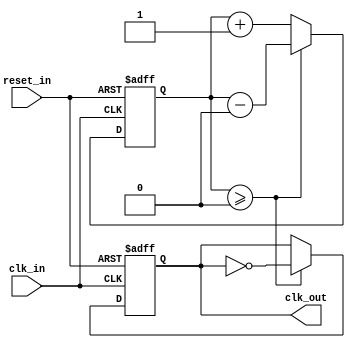
module pll #(
  parameter CLK_FREQ_IN = 100_000_000,
  parameter CLK_FREQ_OUT = 200_000_000,
  parameter MULTIPLIER = 2,
  parameter DIVIDER = 1
) (
  input clk_in,
  input reset_in,
  output reg clk_out
);

  reg [31:0] phase_accumulator;
//  wire [31:0] phase_increment = ((CLK_FREQ_IN * MULTIPLIER) << 32) / (CLK_FREQ_OUT * DIVIDER);
//  localparam phase_increment = ((CLK_FREQ_IN * MULTIPLIER) << 32) / (CLK_FREQ_OUT * DIVIDER);
  localparam phase_increment = 1;

  always @(posedge clk_in or posedge reset_in) begin
    if (reset_in) begin
      phase_accumulator <= 0;
      clk_out <= 0;
    end else begin
      phase_accumulator <= phase_accumulator + phase_increment;
      if (phase_accumulator >= (1 << 32)) begin
        phase_accumulator <= phase_accumulator - (1 << 32);
        clk_out <= ~clk_out;
      end
    end
  end

endmodule